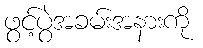
ဖွင့်ပွဲအခမ်းအနားကို